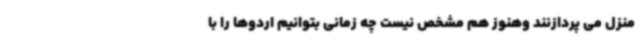
منزل می پردازنند وهنوز هم مشخص نیست چه زمانی بتوانیم اردوها را با